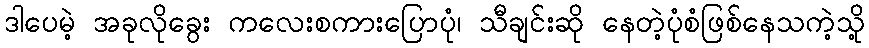
ဒါပေမဲ့ အခုလိုခွေး ကလေးစကားပြောပုံ၊ သီချင်းဆို နေတဲ့ပုံစံဖြစ်နေသကဲ့သို့